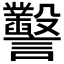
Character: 𧮙